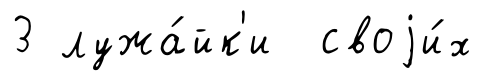
3 лужа́йк'и своjи́х